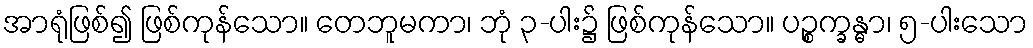
အာရုံဖြစ်၍ ဖြစ်ကုန်သော။ တေဘူမကာ၊ ဘုံ ၃-ပါး၌ ဖြစ်ကုန်သော။ ပဉ္စက္ခန္ဓာ၊ ၅-ပါးသော